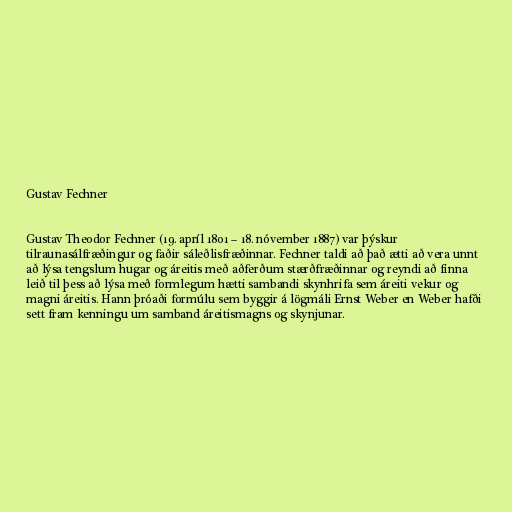
Gustav Fechner

Gustav Theodor Fechner (19. apríl 1801 – 18. nóvember 1887) var þýskur
tilraunasálfræðingur og faðir sáleðlisfræðinnar. Fechner taldi að það ætti að vera unnt
að lýsa tengslum hugar og áreitis með aðferðum stærðfræðinnar og reyndi að finna
leið til þess að lýsa með formlegum hætti sambandi skynhrifa sem áreiti vekur og
magni áreitis. Hann þróaði formúlu sem byggir á lögmáli Ernst Weber en Weber hafði
sett fram kenningu um samband áreitismagns og skynjunar.